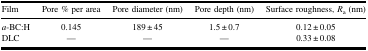
<table><thead><tr><td><b>Film</b></td><td><b>Pore % per area</b></td><td><b>Pore diameter (nm)</b></td><td><b>Pore depth (nm)</b></td><td><b>Surface roughness, <i>R</i><sub>a</sub> (nm)</b></td></tr></thead><tbody><tr><td><i>a</i>-BC:H</td><td>0.145</td><td>189 ± 45</td><td>1.5 ± 0.7</td><td>0.12 ± 0.05</td></tr><tr><td>DLC</td><td>—</td><td>—</td><td>—</td><td>0.33 ± 0.08</td></tr></tbody></table>